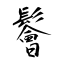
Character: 鬠